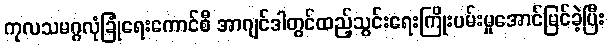
ကုလသမဂ္ဂလုံခြုံရေးကောင်စီ အာဂျင်ဒါတွင်ထည့်သွင်းရေးကြိုးပမ်းမှုအောင်မြင်ခဲ့ပြီး